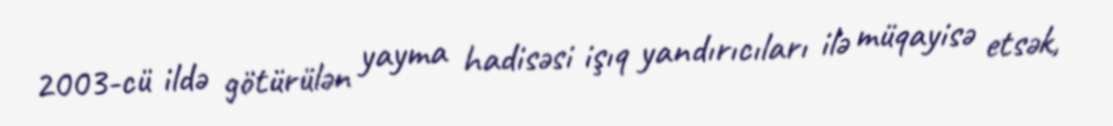
2003-cü ildə götürülən yayma hadisəsi işıq yandırıcıları ilə müqayisə etsək,